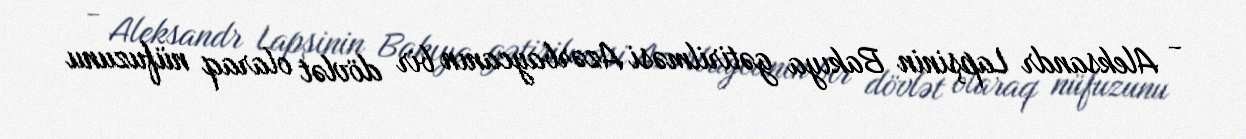
- Aleksandr Lapşinin Bakıya gətirilməsi Azərbaycanın bir dövlət olaraq nüfuzunu